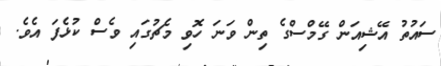
ސައުތު އޭޝިއަން ގޭމްސްގެ ތިން ވަނަ ހޮވި މެޗުގައި ވެސް ކުޅެފަ އެވެ.